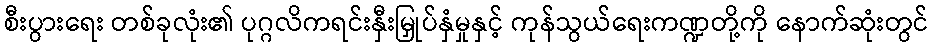
စီးပွားရေး တစ်ခုလုံး၏ ပုဂ္ဂလိကရင်းနှီးမြှုပ်နှံမှုနှင့် ကုန်သွယ်ရေးကဏ္ဍတို့ကို နောက်ဆုံးတွင်